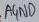
Text: AGND